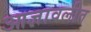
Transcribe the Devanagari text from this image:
आज्ञावलीत